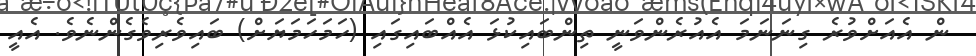
ން އެއަށްވުރެ ގިނަނަމަ އެއުރެންވަނީ ތިންބައިކުޅަ އެއްބައިގައި (ހަމަހަމަޔަށް) ބައިވެރިވެގެންނެވެ. އެއީ